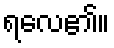
ရလေ၏။